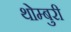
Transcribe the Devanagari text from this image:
थोम्बुरी